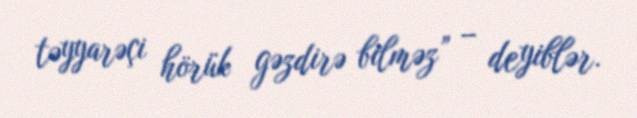
təyyarəçi hörük gəzdirə bilməz” – deyiblər.